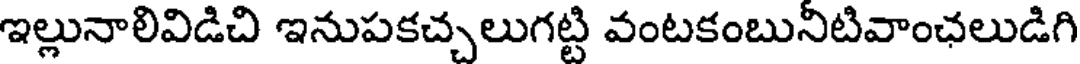
ఇల్లునాలివిడిచి ఇనుపకచ్చలుగట్టి వంటకంబునీటివాంఛలుడిగి